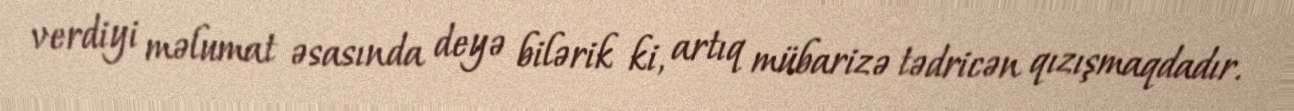
verdiyi məlumat əsasında deyə bilərik ki, artıq mübarizə tədricən qızışmaqdadır.